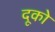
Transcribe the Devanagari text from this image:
दूको